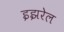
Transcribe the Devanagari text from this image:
इझरेल